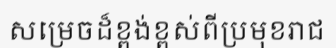
សម្រេចដ៏ខ្ពង់ខ្ពស់ពីប្រមុខរាជ